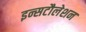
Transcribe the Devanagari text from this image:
इन्सटौलेशन